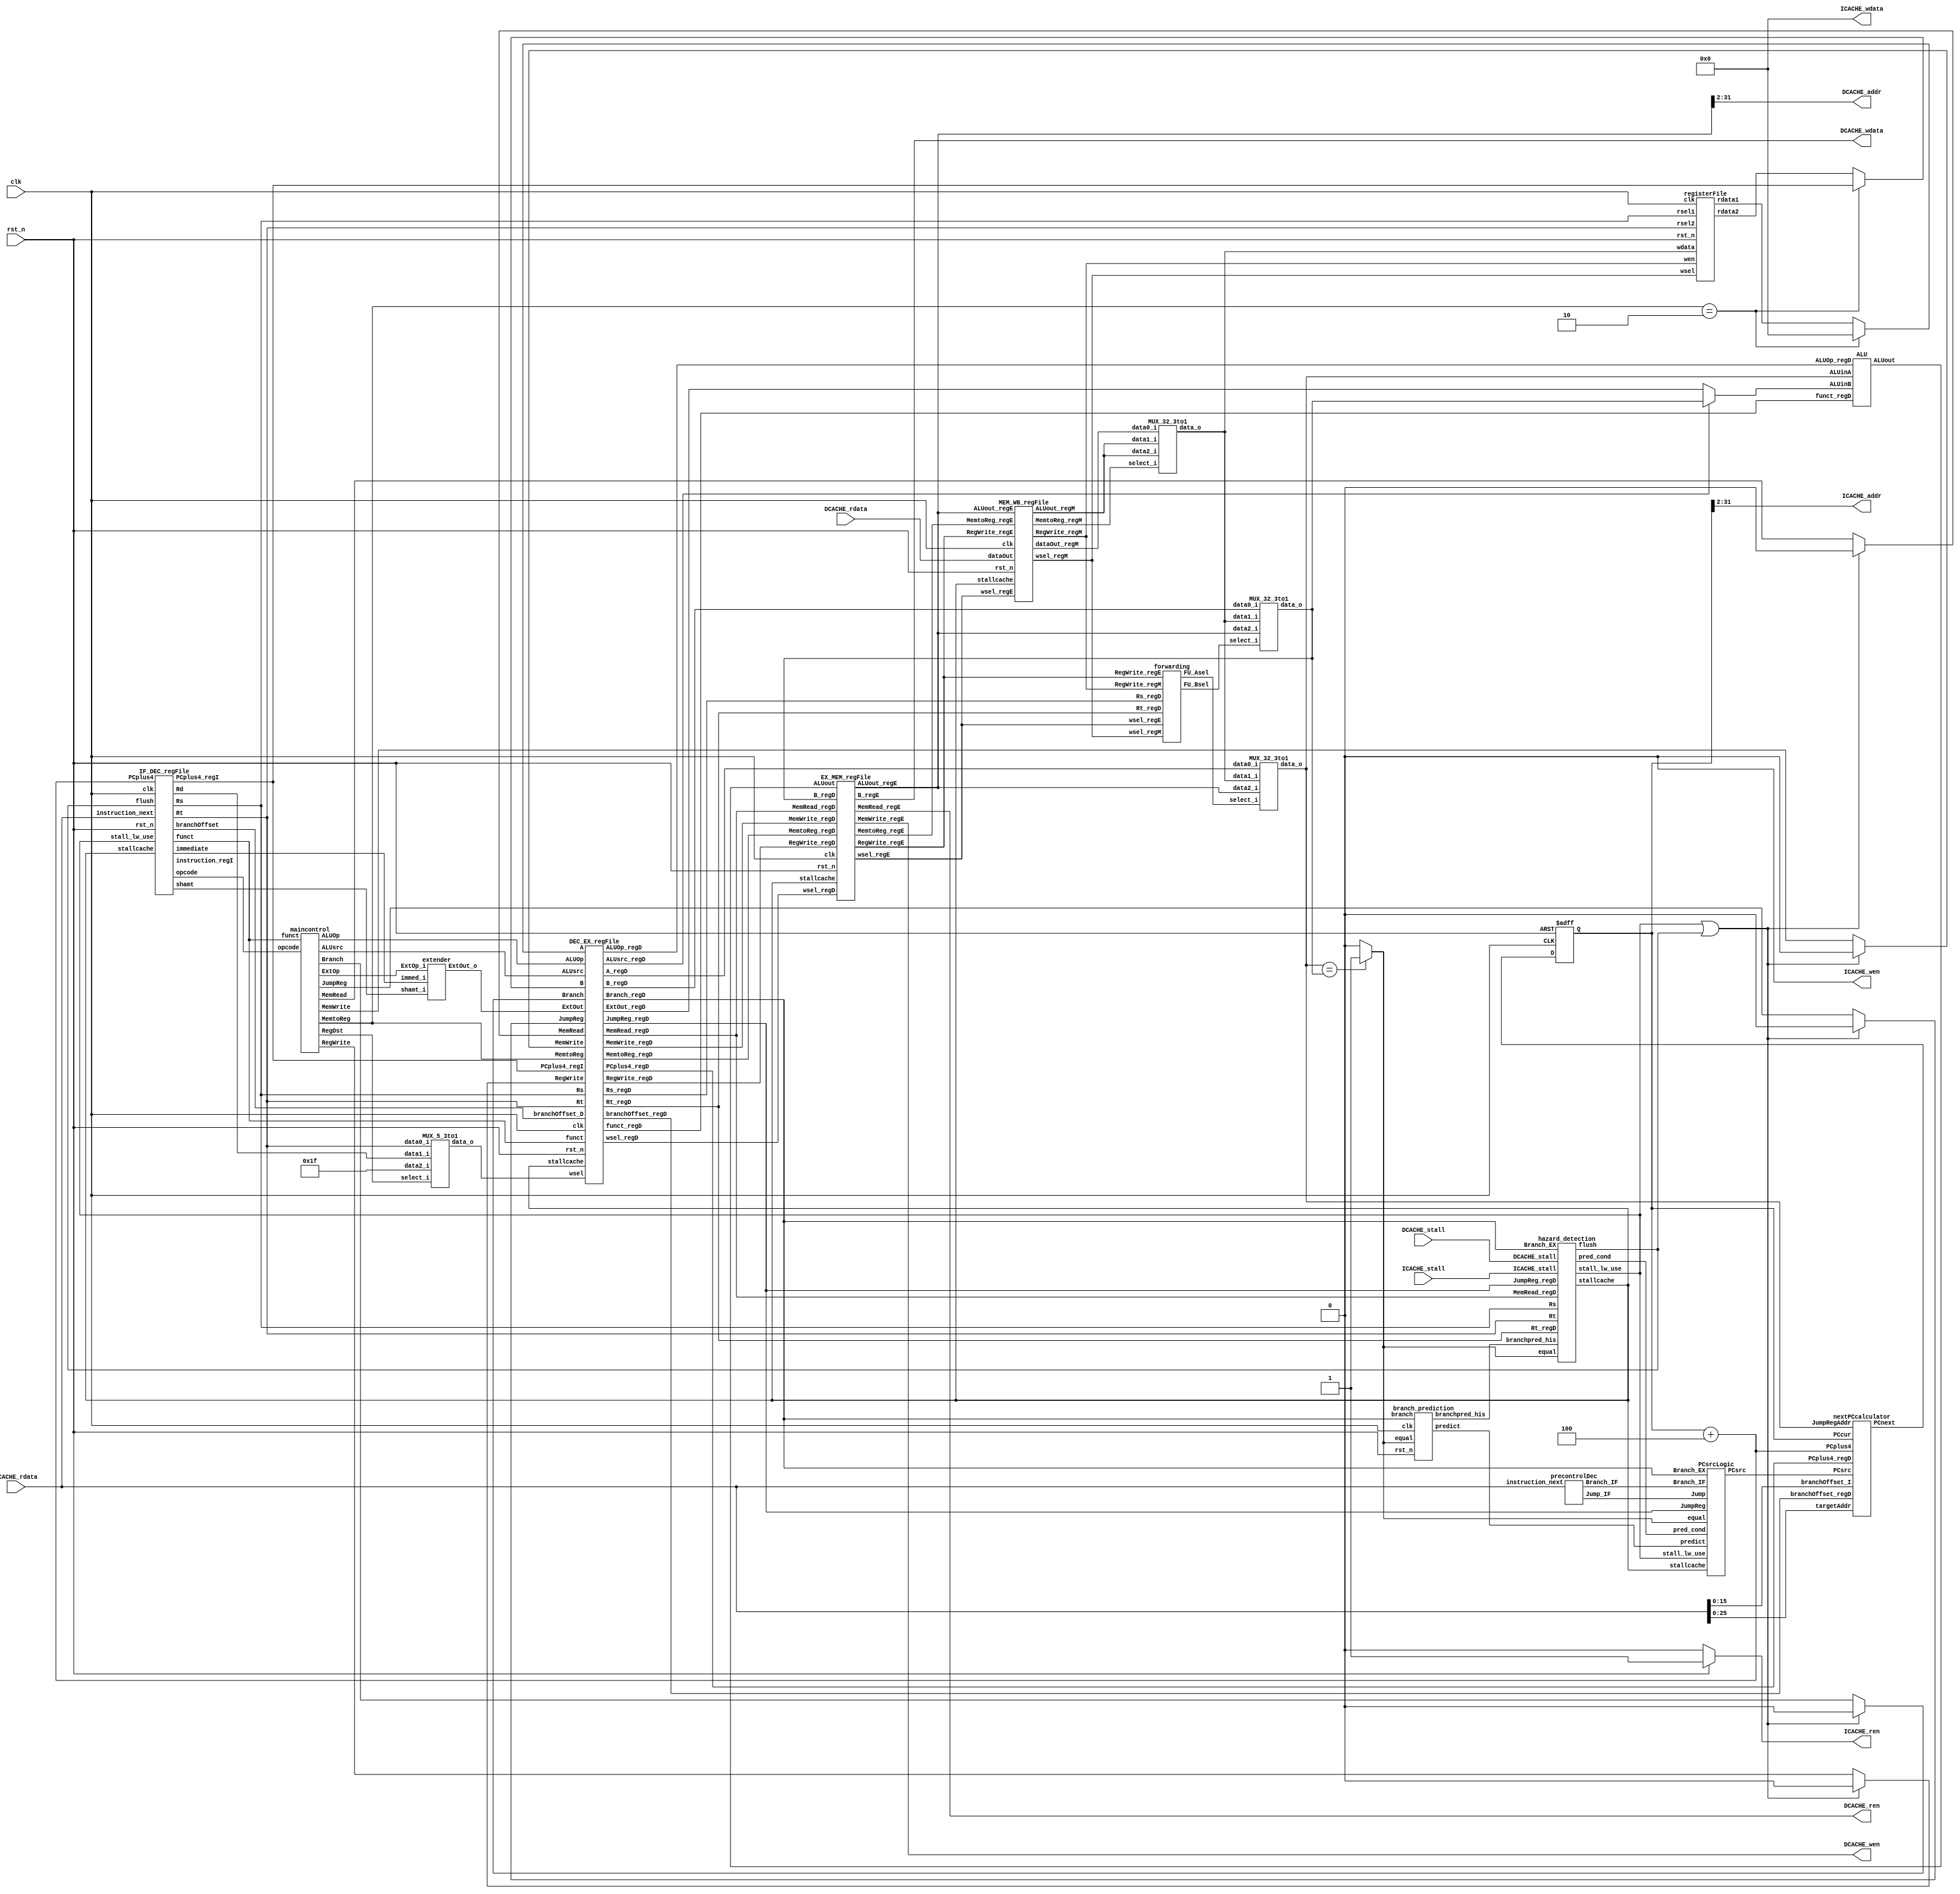
module MIPS_Pipeline(
    // control interface
    clk,
    rst_n,
//----------I cache interface-------
    ICACHE_ren,
    ICACHE_wen,
    ICACHE_addr,
    ICACHE_wdata,
    ICACHE_stall,
    ICACHE_rdata,
//----------D cache interface-------
    DCACHE_ren,
    DCACHE_wen,
    DCACHE_addr,
    DCACHE_wdata,
    DCACHE_stall,
    DCACHE_rdata
);

//==== input/output definition ============================
    input clk, rst_n;

    // I-cache interface
    input  [31:0] ICACHE_rdata;
    input         ICACHE_stall;
    output        ICACHE_wen;
    output        ICACHE_ren;
    output [29:0] ICACHE_addr;
    output [31:0] ICACHE_wdata;

    // D-cache interface
    input  [31:0] DCACHE_rdata;
    input         DCACHE_stall;
    output        DCACHE_wen;
    output        DCACHE_ren;
    output [29:0] DCACHE_addr;
    output [31:0] DCACHE_wdata;

//==== wire/reg definition ================================
    // PC part
    wire   [31:0] PCplus4;
    wire   [31:0] PCnext;
    wire   [31:0] PCcur;
    reg    [31:0] PCreg;
    wire    [2:0] PCsrc;

    // IF_DEC_regFile
    wire   [31:0] instruction_next;
    wire   [31:0] PCplus4_regI;
        // instruction decode
    wire    [4:0] Rs, Rt, Rd, shamt;
    wire    [5:0] opcode, funct;
    wire   [15:0] branchOffset_D;
    wire   [15:0] immediate;
    wire   [31:0] instruction_regI;

    // DEC_EX_regFile
    wire          ALUsrc_regD;
    wire          MemWrite_regD, MemRead_regD, RegWrite_regD, JumpReg_regD;
    wire          Branch_regD;
    wire    [1:0] MemtoReg_regD;
    wire    [5:0] ALUOp_regD;
    wire    [4:0] Rs_regD, Rt_regD, wsel_regD;
    wire    [5:0] funct_regD;
    wire   [31:0] A_regD, B_regD, ExtOut_regD;
    wire   [31:0] PCplus4_regD;
    wire   [15:0] branchOffset_regD;

    // EX_MEM_regFile
    wire          RegWrite_regE, MemRead_regE, MemWrite_regE;
    wire    [1:0] MemtoReg_regE;
    wire    [4:0] wsel_regE;
    wire   [31:0] ALUout_regE, B_regE;

    // MEM_WB_regFile
    wire          RegWrite_regM;
    wire    [1:0] MemtoReg_regM;
    wire    [4:0] wsel_regM;
    wire   [31:0] ALUout_regM, dataOut_regM;

    // Control
    // although MemtoReg, ALUOp and ALUsrc will pass to next stahe,
    // it won't influence data in cache. => no need to insert 0
    wire    [1:0] RegDst, MemtoReg;
    wire    [5:0] ALUOp;
    wire          ExtOp, ALUsrc;
    wire          Branch_DEC, Branch_DEC_m, JumpReg, JumpReg_m;
    wire          MemRead, MemRead_m, MemWrite, MemWrite_m, RegWrite, RegWrite_m;

    // registerFile
    wire   [31:0] REG_A, REG_B;
    wire   [31:0] A, B;
    wire   [31:0] WriteData;    // from the MUX_wdata

    wire    [4:0] wsel; // write target register @ wsel_MUX

    // extender
    wire   [31:0] ExtOut;

    // ALU & ALUcontrol unit
    wire   [31:0] A_f, B_f; //use ALU to do 0 + PCplus4
    wire    [3:0] ALUctrl;  //from ALUcontrol unit
    wire   [31:0] ALUinA, ALUinB, tempALUinB;
    wire   [31:0] ALUout;

    // forwarding unit
    wire    [1:0] FU_Asel, FU_Bsel;

    // hazard_detection
    wire          stall_lw_use, stallcache;
    wire          flush;
    wire          pred_cond;

    // branch_prediction
    wire          predict;
    wire          branchpred_his;

    // pre-control decode at IF
    wire          Jump_IF;
    wire          Branch_IF;
    wire   [15:0] branchOffset_I;
    wire   [25:0] targetAddr;

    // judge at the EX stage
    wire          equal;

    // DCACHE readdata
    wire   [31:0] dataOut;

//==== submodule declaration ==============================
    IF_DEC_regFile i_IF_DEC_regFile(
        .clk(clk),
        .rst_n(rst_n),
        .flush(flush),
        .stallcache(stallcache),
        .stall_lw_use(stall_lw_use),
        .instruction_next(instruction_next),
        .PCplus4(PCplus4),
        .branchOffset(branchOffset_D),
        .opcode(opcode),
        .Rs(Rs),
        .Rt(Rt),
        .Rd(Rd),
        .shamt(shamt),
        .funct(funct),
        .immediate(immediate),
        .instruction_regI(instruction_regI),
        .PCplus4_regI(PCplus4_regI)
    );

    DEC_EX_regFile i_DEC_EX_regFile(
        .clk(clk),
        .rst_n(rst_n),
        .stallcache(stallcache),
        .MemtoReg(MemtoReg),
        .ALUOp(ALUOp),
        .JumpReg(JumpReg_m),       // add for jr and jalr forwarding
        .MemRead(MemRead_m),     // may stall by lw-use hazard
        .MemWrite(MemWrite_m),   // may stall by lw-use hazard
        .ALUsrc(ALUsrc),
        .RegWrite(RegWrite_m),   // may stall by lw-use hazard
        .Branch(Branch_DEC_m),
        .PCplus4_regI(PCplus4_regI),
        .funct(funct),
        .branchOffset_D(branchOffset_D),
        .A(A_f),
        .B(B_f),
        .ExtOut(ExtOut),
        .Rs(Rs),
        .Rt(Rt),
        .wsel(wsel),
        .MemtoReg_regD(MemtoReg_regD),
        .ALUOp_regD(ALUOp_regD),
        .MemRead_regD(MemRead_regD),
        .MemWrite_regD(MemWrite_regD),
        .ALUsrc_regD(ALUsrc_regD),
        .RegWrite_regD(RegWrite_regD),
        .funct_regD(funct_regD),
        .A_regD(A_regD),
        .B_regD(B_regD),
        .ExtOut_regD(ExtOut_regD),
        .Rs_regD(Rs_regD),
        .Rt_regD(Rt_regD),
        .wsel_regD(wsel_regD),
        .JumpReg_regD(JumpReg_regD),  // add for jr and jalr forwarding
        .Branch_regD(Branch_regD),
        .PCplus4_regD(PCplus4_regD),
        .branchOffset_regD(branchOffset_regD)
    );

    EX_MEM_regFile i_EX_MEM_regFile(
        .clk(clk),
        .rst_n(rst_n),
        .stallcache(stallcache),
        .MemtoReg_regD(MemtoReg_regD),
        .MemRead_regD(MemRead_regD),
        .MemWrite_regD(MemWrite_regD),
        .RegWrite_regD(RegWrite_regD),
        .B_regD(tempALUinB),
        .wsel_regD(wsel_regD),
        .ALUout(ALUout),
        .MemtoReg_regE(MemtoReg_regE),
        .MemRead_regE(MemRead_regE),
        .MemWrite_regE(MemWrite_regE),
        .RegWrite_regE(RegWrite_regE),
        .B_regE(B_regE),
        .wsel_regE(wsel_regE),
        .ALUout_regE(ALUout_regE)
    );

    MEM_WB_regFile i_MEM_WB_regFile(
        .clk(clk),
        .rst_n(rst_n),
        .stallcache(stallcache),
        .MemtoReg_regE(MemtoReg_regE),
        .RegWrite_regE(RegWrite_regE),
        .ALUout_regE(ALUout_regE),
        .wsel_regE(wsel_regE),
        .dataOut(DCACHE_rdata),
        .MemtoReg_regM(MemtoReg_regM),
        .RegWrite_regM(RegWrite_regM),
        .ALUout_regM(ALUout_regM),
        .wsel_regM(wsel_regM),
        .dataOut_regM(dataOut_regM)
    );

    maincontrol i_maincontrol(
        .opcode(opcode),
        .funct(funct),
        .RegDst(RegDst),
        .MemtoReg(MemtoReg),
        .ALUOp(ALUOp),
        .Branch(Branch_DEC),
        .MemRead(MemRead),
        .MemWrite(MemWrite),
        .ALUsrc(ALUsrc),
        .RegWrite(RegWrite),
        .JumpReg(JumpReg),
        .ExtOp(ExtOp)
    );

    registerFile i_registrefFile(
        .clk(clk),
        .rst_n(rst_n),
        .rsel1(Rs),
        .rsel2(Rt),
        .wsel(wsel_regM),
        .wen(RegWrite_regM),
        .wdata(WriteData),
        .rdata1(A),
        .rdata2(B)
    );

    extender i_extender(
        .shamt_i(shamt),
        .immed_i(immediate),
        .ExtOp_i(ExtOp),
        .ExtOut_o(ExtOut)
    );

    MUX_5_3to1 MUX_wsel(
        .data0_i(Rt),
        .data1_i(Rd),
        .data2_i(5'd31),
        .select_i(RegDst),
        .data_o(wsel)
    );

    MUX_32_3to1 MUX_WriteData(
        .data0_i(dataOut_regM),
        .data1_i(ALUout_regM),
        .data2_i(ALUout_regM),
        .select_i(MemtoReg_regM),
        .data_o(WriteData)
    );

    MUX_32_3to1 MUX_ALUinA(
        .data0_i(A_regD),
        .data1_i(WriteData),
        .data2_i(ALUout_regE),
        .select_i(FU_Asel),
        .data_o(ALUinA)
    );

    MUX_32_3to1 MUX_ALUinB(
        .data0_i(B_regD),
        .data1_i(WriteData),
        .data2_i(ALUout_regE),
        .select_i(FU_Bsel),
        .data_o(tempALUinB)
    );

    forwarding i_forwarding(
        .Rs_regD(Rs_regD),
        .Rt_regD(Rt_regD),
        .RegWrite_regE(RegWrite_regE),
        .wsel_regE(wsel_regE),
        .RegWrite_regM(RegWrite_regM),
        .wsel_regM(wsel_regM),
        .FU_Asel(FU_Asel),
        .FU_Bsel(FU_Bsel)
    );

    hazard_detection i_hazard_detection(
        .Branch_EX(Branch_regD),
        .equal(equal),
        .branchpred_his(branchpred_his),
        .JumpReg_regD(JumpReg_regD),
        .MemRead_regD(MemRead_regD),
        .Rt_regD(Rt_regD),
        .Rs(Rs),
        .Rt(Rt),
        .ICACHE_stall(ICACHE_stall),
        .DCACHE_stall(DCACHE_stall),
        .stall_lw_use(stall_lw_use),
        .stallcache(stallcache),
        .flush(flush),
        .pred_cond(pred_cond)
    );

    branch_prediction i_branch_prediction(
        .clk(clk),
        .rst_n(rst_n),
        .branch(Branch_regD),
        .equal(equal),
        .predict(predict),
        .branchpred_his(branchpred_his)
    );

    precontrolDec i_precontrolDec(
        .instruction_next(instruction_next),
        .Jump_IF(Jump_IF),
        .Branch_IF(Branch_IF)
    );

    nextPCcalculator i_nextPCcalculator(
        .PCcur(PCcur),
        .PCplus4(PCplus4),
        .PCplus4_regD(PCplus4_regD),
        .targetAddr(targetAddr),
        .branchOffset_I(branchOffset_I),
        .branchOffset_regD(branchOffset_regD),
        .JumpRegAddr(ALUinA),
        .PCsrc(PCsrc),
        .PCnext(PCnext)
    );

    PCsrcLogic i_PCsrcLogic(
        .pred_cond(pred_cond),
        .Branch_EX(Branch_regD),
        .Branch_IF(Branch_IF),
        .equal(equal),
        .Jump(Jump_IF),
        .JumpReg(JumpReg_regD),
        .predict(predict),
        .stallcache(stallcache),
        .stall_lw_use(stall_lw_use),
        .PCsrc(PCsrc)
    );

    ALU i_ALU(
        .ALUOp_regD(ALUOp_regD),
    	.funct_regD(funct_regD),
    	.ALUinA(ALUinA),
    	.ALUinB(ALUinB),
    	.ALUout(ALUout)
	);


//==== combinational circuits =============================
    // ICACHE I/O
    assign instruction_next = ICACHE_rdata;
    assign ICACHE_wen = 0;
    assign ICACHE_ren = rst_n ? 1 : 0;
    assign ICACHE_addr = PCcur[31:2];
    assign ICACHE_wdata = 32'd0;

    // DCACHE I/O
    assign dataOut = DCACHE_rdata;
    assign DCACHE_ren = MemRead_regE;
    assign DCACHE_wen = MemWrite_regE;
    assign DCACHE_addr = ALUout_regE[31:2];
    assign DCACHE_wdata = B_regE;

    // lw-use hazard or wrong branch_prediction or jumpreg
    // need to do NOP to the DEC/EX stage flip-flops
    assign MemRead_m  = (stall_lw_use | flush) ? 1'd0 : MemRead;
    assign MemWrite_m = (stall_lw_use | flush) ? 1'd0 : MemWrite;
    assign RegWrite_m = (stall_lw_use | flush) ? 1'd0 : RegWrite;
    assign Branch_DEC_m = (stall_lw_use | flush) ? 1'd0 : Branch_DEC;
    assign JumpReg_m = (stall_lw_use | flush) ? 1'd0 : JumpReg;

    // ALU related
        // use ALUout to store PCplus4
    assign A_f = (MemtoReg == 2'b10) ? 0 : A;
    assign B_f = (MemtoReg == 2'b10) ? PCplus4_regI : B;
        // R-type or I-type
    assign ALUinB = ALUsrc_regD ? tempALUinB : ExtOut_regD;

    // PC-related
    assign PCcur = PCreg;
    assign PCplus4 = PCcur + 32'd4;

    // Judge equal at the EX stage
    assign equal = (ALUinA == tempALUinB) ? 1 : 0;

    // do jump and branch_prediction at the IF stage
    assign branchOffset_I = instruction_next[15:0];
    assign targetAddr = instruction_next[25:0];

//==== synchronous circuits ===============================
    always @(posedge clk or negedge rst_n) begin
        if (~rst_n) begin
            // reset
            PCreg <= 0;
        end
        else begin
            PCreg <= PCnext;
        end
    end

endmodule

//==== IF/DEC pipline register file ============================================
module IF_DEC_regFile(
    clk,
    rst_n,
    flush,             // jr or wrong branch predict
    stallcache,        // cache stall
    stall_lw_use,      // lw-use hazard
    instruction_next,  // instruction from PC
    PCplus4,           // for jal
    branchOffset,      // branch address offset
    opcode,
    Rs,
    Rt,
    Rd,
    shamt,
    funct,
    immediate,
    instruction_regI,      // current instruction in DEC
    PCplus4_regI
);
//==== input/output definition ============================
    input           clk, rst_n, flush, stallcache, stall_lw_use;
    input    [31:0] instruction_next;   // instruction from PC
    input    [31:0] PCplus4;
    output   [15:0] branchOffset;       // branch address offset
    output    [5:0] opcode;
    output    [4:0] Rs;
    output    [4:0] Rt;
    output    [4:0] Rd;
    output    [4:0] shamt;
    output    [5:0] funct;
    output   [15:0] immediate;
    output   [31:0] instruction_regI;     // current instruction in DEC
    output   [31:0] PCplus4_regI;

//==== wire/reg definition =================================
    reg      [31:0] instruction_regI;
    reg      [31:0] PCplus4_regI;
    reg      [31:0] IR_next;
    reg	     [31:0] PC_next;

//==== combinational circuits =============================
    always @(*) begin
    	IR_next = instruction_regI;
    	PC_next = PCplus4_regI;

    	if (~stallcache & ~stall_lw_use) begin
	      IR_next = instruction_next;
	      PC_next = PCplus4;
      end
    end

//==== synchronous circuits ================================
    always@( posedge clk or negedge rst_n )
	begin
        // active low asynchronous reset
        if( ~rst_n )begin
            instruction_regI <= 32'd0;
            PCplus4_regI <= 32'd0;
        end
        else
        begin
            if(flush)begin
                instruction_regI <= 32'd0;
                PCplus4_regI <= 32'd0;
            end
            else begin
            		instruction_regI <= IR_next;
                PCplus4_regI <= PC_next;
            end
        end
	end

//==== combinational circuits =============================
    assign branchOffset  = instruction_regI[15:0];
    assign opcode        = instruction_regI[31:26];
    assign Rs            = instruction_regI[25:21];
    assign Rt            = instruction_regI[20:16];
    assign Rd            = instruction_regI[15:11];
    assign shamt         = instruction_regI[10:6];
    assign funct         = instruction_regI[5:0];
    assign immediate     = instruction_regI[15:0];

endmodule

//==== DEC/EX pipline register file ============================================
module DEC_EX_regFile(
    clk,
    rst_n,
    stallcache,
    MemtoReg,
    ALUOp,
    JumpReg,
    MemRead,
    MemWrite,
    ALUsrc,
    RegWrite,
    Branch,
    PCplus4_regI,
    funct,
    branchOffset_D,
    A,
    B,
    ExtOut,
    Rs,
    Rt,
    wsel,
    MemtoReg_regD,
    ALUOp_regD,
    MemRead_regD,
    MemWrite_regD,
    ALUsrc_regD,
    RegWrite_regD,
    funct_regD,
    A_regD,
    B_regD,
    ExtOut_regD,
    Rs_regD,
    Rt_regD,
    wsel_regD,
    JumpReg_regD,
    Branch_regD,
    PCplus4_regD,
    branchOffset_regD
);
//==== input/output definition ============================
    input          clk, rst_n, stallcache;
    input    [5:0] funct;
    input    [1:0] MemtoReg;
    input    [5:0] ALUOp;
    input          MemRead, MemWrite, RegWrite, JumpReg;
    input          ALUsrc;
    input          Branch;
    input   [31:0] A, B, ExtOut;
    input    [4:0] Rs, Rt, wsel;
    input   [31:0] PCplus4_regI;
    input   [15:0] branchOffset_D;

    output   [5:0] funct_regD;
    output   [1:0] MemtoReg_regD;
    output   [5:0] ALUOp_regD;
    output         MemRead_regD, MemWrite_regD, RegWrite_regD;
    output         ALUsrc_regD;
    output         Branch_regD;
    output  [31:0] A_regD, B_regD, ExtOut_regD;
    output   [4:0] Rs_regD, Rt_regD, wsel_regD;
    output         JumpReg_regD;
    output  [31:0] PCplus4_regD;
    output  [15:0] branchOffset_regD;
//==== wire/reg definition ================================
    reg      [5:0] funct_regD;
    reg      [1:0] MemtoReg_regD;
    reg      [5:0] ALUOp_regD;
    reg            MemRead_regD, MemWrite_regD, RegWrite_regD;
    reg            ALUsrc_regD;
    reg     [31:0] A_regD, B_regD, ExtOut_regD;
    reg      [4:0] Rs_regD, Rt_regD, wsel_regD;
    reg            JumpReg_regD;
    reg            Branch_regD;
    reg     [31:0] PCplus4_regD;
    reg     [15:0] branchOffset_regD;
    // wire
    reg      [5:0] funct_regD_next;
    reg      [1:0] MemtoReg_regD_next;
    reg      [5:0] ALUOp_regD_next;
    reg            MemRead_regD_next, MemWrite_regD_next, RegWrite_regD_next;
    reg            ALUsrc_regD_next;
    reg     [31:0] A_regD_next, B_regD_next, ExtOut_regD_next;
    reg      [4:0] Rs_regD_next, Rt_regD_next, wsel_regD_next;
    reg            JumpReg_regD_next;
    reg            Branch_regD_next;
    reg     [31:0] PCplus4_regD_next;
    reg     [15:0] branchOffset_regD_next;
//==== combinational circuit
    always @(*) begin
        if (stallcache) begin
            funct_regD_next        = funct_regD;
            MemtoReg_regD_next     = MemtoReg_regD;
            ALUOp_regD_next        = ALUOp_regD;
            MemRead_regD_next      = MemRead_regD;
            MemWrite_regD_next     = MemWrite_regD;
            RegWrite_regD_next     = RegWrite_regD;
            ALUsrc_regD_next       = ALUsrc_regD;
            A_regD_next            = A_regD;
            B_regD_next            = B_regD;
            ExtOut_regD_next       = ExtOut_regD;
            Rs_regD_next           = Rs_regD;
            Rt_regD_next           = Rt_regD;
            wsel_regD_next         = wsel_regD;
            JumpReg_regD_next      = JumpReg_regD;
            Branch_regD_next       = Branch_regD;
            PCplus4_regD_next      = PCplus4_regD;
            branchOffset_regD_next = branchOffset_regD;
        end
        else begin
            funct_regD_next        = funct;
            MemtoReg_regD_next     = MemtoReg;
            ALUOp_regD_next        = ALUOp;
            MemRead_regD_next      = MemRead;
            MemWrite_regD_next     = MemWrite;
            RegWrite_regD_next     = RegWrite;
            ALUsrc_regD_next       = ALUsrc;
            A_regD_next            = A;
            B_regD_next            = B;
            ExtOut_regD_next       = ExtOut;
            Rs_regD_next           = Rs;
            Rt_regD_next           = Rt;
            wsel_regD_next         = wsel;
            JumpReg_regD_next      = JumpReg;
            Branch_regD_next       = Branch;
            PCplus4_regD_next      = PCplus4_regI;
            branchOffset_regD_next = branchOffset_D;
        end
    end

//==== synchronous circuit
    always@( posedge clk or negedge rst_n )
    begin
        // active low asynchronous reset
        if( ~rst_n)begin
            funct_regD        <= 0;
            MemtoReg_regD     <= 0;
            ALUOp_regD        <= 0;
            MemRead_regD      <= 0;
            MemWrite_regD     <= 0;
            RegWrite_regD     <= 0;
            ALUsrc_regD       <= 0;
            A_regD            <= 0;
            B_regD            <= 0;
            ExtOut_regD       <= 0;
            Rs_regD           <= 0;
            Rt_regD           <= 0;
            wsel_regD         <= 0;
            JumpReg_regD      <= 0;
            Branch_regD       <= 0;
            PCplus4_regD      <= 0;
            branchOffset_regD <= 0;
        end
        else begin
            funct_regD        <= funct_regD_next   ;
            MemtoReg_regD     <= MemtoReg_regD_next;
            ALUOp_regD        <= ALUOp_regD_next   ;
            MemRead_regD      <= MemRead_regD_next ;
            MemWrite_regD     <= MemWrite_regD_next;
            RegWrite_regD     <= RegWrite_regD_next;
            ALUsrc_regD       <= ALUsrc_regD_next  ;
            A_regD            <= A_regD_next       ;
            B_regD            <= B_regD_next       ;
            ExtOut_regD       <= ExtOut_regD_next  ;
            Rs_regD           <= Rs_regD_next      ;
            Rt_regD           <= Rt_regD_next      ;
            wsel_regD         <= wsel_regD_next    ;
            JumpReg_regD      <= JumpReg_regD_next ;
            Branch_regD       <= Branch_regD_next  ;
            PCplus4_regD      <= PCplus4_regD_next ;
            branchOffset_regD <= branchOffset_regD_next;
        end
    end

endmodule

//==== EX/MEM pipline register file ============================================
module EX_MEM_regFile(
    clk,
    rst_n,
    stallcache,
    MemtoReg_regD,
    MemRead_regD,
    MemWrite_regD,
    RegWrite_regD,
    B_regD,
    wsel_regD,
    ALUout,
    MemtoReg_regE,
    MemRead_regE,
    MemWrite_regE,
    RegWrite_regE,
    B_regE,
    wsel_regE,
    ALUout_regE
);
//==== input/output definition ============================
    input         clk, rst_n, stallcache;
    input   [1:0] MemtoReg_regD;
    input         MemRead_regD, MemWrite_regD, RegWrite_regD;
    input  [31:0] B_regD, ALUout;
    input   [4:0] wsel_regD;

    output  [1:0] MemtoReg_regE;
    output        MemRead_regE, MemWrite_regE, RegWrite_regE;
    output [31:0] B_regE, ALUout_regE;
    output  [4:0] wsel_regE;

//==== wire/reg definition ================================
    reg     [1:0] MemtoReg_regE_next;
    reg           MemRead_regE_next, MemWrite_regE_next, RegWrite_regE_next;
    reg    [31:0] B_regE_next, ALUout_regE_next;
    reg     [4:0] wsel_regE_next;
    reg     [1:0] MemtoReg_regE;
    reg           MemRead_regE, MemWrite_regE, RegWrite_regE;
    reg    [31:0] B_regE, ALUout_regE;
    reg     [4:0] wsel_regE;
//==== combinational circuit
    always @(*) begin
        if (stallcache) begin
            MemtoReg_regE_next = MemtoReg_regE;
            MemRead_regE_next  = MemRead_regE;
            MemWrite_regE_next = MemWrite_regE;
            RegWrite_regE_next = RegWrite_regE;
            B_regE_next        = B_regE;
            ALUout_regE_next   = ALUout_regE;
            wsel_regE_next     = wsel_regE;
        end
        else begin
            MemtoReg_regE_next = MemtoReg_regD;
            MemRead_regE_next  = MemRead_regD;
            MemWrite_regE_next = MemWrite_regD;
            RegWrite_regE_next = RegWrite_regD;
            B_regE_next        = B_regD;
            ALUout_regE_next   = ALUout;
            wsel_regE_next     = wsel_regD;
        end
    end

//==== synchronous circuit
    always@( posedge clk or negedge rst_n )
    begin
        // active low asynchronous reset
        if( ~rst_n )begin
            MemtoReg_regE <= 0;
            MemRead_regE  <= 0;
            MemWrite_regE <= 0;
            RegWrite_regE <= 0;
            B_regE        <= 0;
            ALUout_regE   <= 0;
            wsel_regE     <= 0;
        end
        else begin
            MemtoReg_regE <=  MemtoReg_regE_next;
            MemRead_regE  <=  MemRead_regE_next;
            MemWrite_regE <=  MemWrite_regE_next;
            RegWrite_regE <=  RegWrite_regE_next;
            B_regE        <=  B_regE_next;
            ALUout_regE   <=  ALUout_regE_next;
            wsel_regE     <=  wsel_regE_next;
        end
    end


endmodule

//==== MEM/WB pipline register file ============================================
module MEM_WB_regFile(
    clk,
    rst_n,
    stallcache,
    MemtoReg_regE,
    RegWrite_regE,
    ALUout_regE,
    wsel_regE,
    dataOut,
    MemtoReg_regM,
    RegWrite_regM,
    ALUout_regM,
    wsel_regM,
    dataOut_regM
);
//==== input/output definition ============================
    input         clk, rst_n, stallcache;
    input   [1:0] MemtoReg_regE;
    input         RegWrite_regE;
    input  [31:0] ALUout_regE, dataOut;
    input   [4:0] wsel_regE;

    output  [1:0] MemtoReg_regM;
    output        RegWrite_regM;
    output [31:0] ALUout_regM, dataOut_regM;
    output  [4:0] wsel_regM;

//==== wire/reg definition ================================

    reg     [1:0] MemtoReg_regM;
    reg           RegWrite_regM;
    reg    [31:0] ALUout_regM, dataOut_regM;
    reg     [4:0] wsel_regM;
    reg     [1:0] MemtoReg_regM_next;
    reg           RegWrite_regM_next;
    reg    [31:0] ALUout_regM_next, dataOut_regM_next;
    reg     [4:0] wsel_regM_next;

//==== combinational circuit
    always @(*) begin
        if (stallcache) begin
            MemtoReg_regM_next  = MemtoReg_regM;
            RegWrite_regM_next  = RegWrite_regM;
            ALUout_regM_next    = ALUout_regM;
            dataOut_regM_next   = dataOut_regM;
            wsel_regM_next      = wsel_regM;
        end
        else begin
            MemtoReg_regM_next  = MemtoReg_regE;
            RegWrite_regM_next  = RegWrite_regE;
            ALUout_regM_next    = ALUout_regE;
            dataOut_regM_next   = dataOut;
            wsel_regM_next      = wsel_regE;
        end
    end

//==== synchronous circuit
    always@( posedge clk or negedge rst_n )
    begin
        // active low asynchronous reset
        if( ~rst_n )begin
             MemtoReg_regM <= 0;
             RegWrite_regM <= 0;
             ALUout_regM   <= 0;
             dataOut_regM  <= 0;
             wsel_regM     <= 0;
        end
        else begin
             MemtoReg_regM <= MemtoReg_regM_next;
             RegWrite_regM <= RegWrite_regM_next;
             ALUout_regM   <= ALUout_regM_next;
             dataOut_regM  <= dataOut_regM_next;
             wsel_regM     <= wsel_regM_next;
        end
    end

endmodule

//==== read/write data from 32 registers =======================================
module registerFile(
    clk,
    rst_n,
    rsel1,
    rsel2,
    wsel,
    wen,
    wdata,
    rdata1,
    rdata2
);
//==== input/output definition ============================
    input         clk, rst_n;
    input   [4:0] rsel1,rsel2;
    input   [4:0] wsel;
    input         wen;
    input  [31:0] wdata;
    output [31:0] rdata1, rdata2;

//==== wire/reg definition ================================
    reg    [31:0] register[31:0];
    integer i;

//==== combinational circuit
    assign rdata1 = (wen & (rsel1 == wsel) & (rsel1 != 5'd0)) ? wdata : register[rsel1];
    assign rdata2 = (wen & (rsel2 == wsel) & (rsel2 != 5'd0)) ? wdata : register[rsel2];

//==== synchronous circuit
    always@( posedge clk or negedge rst_n )
	begin
        // active low asynchronous reset
        if( ~rst_n )begin
            for(i=0; i<32; i=i+1)begin
                register[i] <= 32'd0;
            end
        end
        else begin
            if(wen)begin
                register[wsel] <= wdata;
            end
            register[0] <= 32'd0;
        end
	end

endmodule

//==== control signal for all instructions =====================================
module maincontrol(
    opcode,
    funct,
    RegDst,
    MemtoReg,
    ALUOp,
    Branch,
    MemRead,
    MemWrite,
    ALUsrc,
    RegWrite,
    JumpReg,
    ExtOp
);

//==== in/out declaration =================================
    input    [5:0] opcode;
    input    [5:0] funct;
    output   [1:0] RegDst, MemtoReg;
    output   [5:0] ALUOp;          // 4 bits at ref figure, I don't know how many bitswe need--> I use 6 bits to transfer opcode directly.
                                   // ALUOp(0000 is default for NOP)
    output         Branch, ExtOp;  // 2 bits at ref figure, but I think we only need 1 bit
    output         MemRead, MemWrite, ALUsrc, RegWrite, JumpReg;


//==== wire/reg definition ================================
    reg  [1:0] RegDst, MemtoReg;
    reg  [5:0] ALUOp;
    reg        Branch, ExtOp;
    reg        MemRead, MemWrite, ALUsrc, RegWrite, JumpReg;
//==== combinational circuit ==============================
	always@(*) begin
		RegDst   = 2'b01;
		MemtoReg = 2'b01;
		ALUOp    = opcode;
		ExtOp    = 1;
		ALUsrc   = 1;
		RegWrite = 0;

		Branch   = 0;
		MemRead  = 0;
		MemWrite = 0;
		JumpReg  = 0;

		case(opcode)
		//===== R-type ===============
        	6'b000000: begin
        		RegDst   = 2'b01;
        		MemtoReg = 2'b01;
        		ALUOp    = opcode;
        		ExtOp    = 1;
        		ALUsrc   = 1;
        		RegWrite = 1;
                // sll || sra || srl
        		if (funct == 6'b000000 || funct == 6'b000011 || funct == 6'b000010) begin
        			ALUsrc = 0;
        		end
                //jalr
        		else if (funct == 6'b001001) begin
        			MemtoReg = 2'b10;
				    JumpReg  = 1;
        		end
                //jr
			    else if (funct == 6'b001000) begin
        			JumpReg = 1;
			    end
       		end
        //===== I-type ===============
        	6'b001000: begin // addi
        		RegDst   = 2'b00;
        		MemtoReg = 2'b01;
        		ALUOp    = opcode;
        		ExtOp    = 0;
        		ALUsrc   = 0;
        		RegWrite = 1;
        	end
        	6'b001100: begin // andi
        		RegDst   = 2'b00;
        		MemtoReg = 2'b01;
        		ALUOp    = opcode;
        		ExtOp    = 0;
        		ALUsrc   = 0;
        		RegWrite = 1;
        	end
        	6'b001101: begin // ori
        		RegDst   = 2'b00;
        		MemtoReg = 2'b01;
        		ALUOp    = opcode;
        		ExtOp    = 0;
        		ALUsrc   = 0;
        		RegWrite = 1;
        	end
        	6'b001110: begin // xori
        		RegDst   = 2'b00;
        		MemtoReg = 2'b01;
        		ALUOp    = opcode;
        		ExtOp    = 0;
        		ALUsrc   = 0;
        		RegWrite = 1;
        	end
        	6'b001010: begin // slti
        		RegDst   = 2'b00;
        		MemtoReg = 2'b01;
        		ALUOp    = opcode;
        		ExtOp    = 0;
        		ALUsrc   = 0;
        		RegWrite = 1;
        	end
        	6'b100011: begin // lw
        		RegDst   = 2'b00;
        		MemtoReg = 2'b00;
        		ALUOp    = opcode;
        		ExtOp    = 0;
        		ALUsrc   = 0;
        		RegWrite = 1;
         		MemRead = 1;
        	end
        	6'b101011: begin // sw
        		RegDst   = 2'b00;
        		MemtoReg = 2'b00;
        		ALUOp    = opcode;
        		ExtOp    = 0;
        		ALUsrc   = 0;
        		RegWrite = 0;
            	MemWrite = 1;
        	end
       		6'b000100: begin //beq
        		RegDst   = 2'b00;
        		MemtoReg = 2'b01;
        		ALUOp    = opcode;
        		ExtOp    = 0;
        		ALUsrc   = 0;
        		RegWrite = 0;
       			Branch   = 1;
       		end
        //===== J-type ===============
        	6'b000010: begin // j
          		RegDst   = 2'b00;
        		MemtoReg = 2'b01;
        		ALUOp    = opcode;
        		ExtOp    = 0;
        		ALUsrc   = 0;
        		RegWrite = 0;
       		end
       		6'b000011: begin // jal
        		RegDst   = 2'b10;
        		MemtoReg = 2'b10;
        		ALUOp    = opcode;
        		ExtOp    = 0;
        		ALUsrc   = 1;
        		RegWrite = 1;
        	end
			default: begin
				RegDst   = 2'b01;
				MemtoReg = 2'b01;
				ALUOp    = opcode;
				ExtOp    = 1;
				ALUsrc   = 1;
				RegWrite = 0;

				Branch   = 0;
				MemRead  = 0;
				MemWrite = 0;
				JumpReg  = 0;
			end
    	endcase
	end
endmodule

//==== pre-control decode at IF ================================================
module precontrolDec(
    instruction_next,
    Jump_IF,
    Branch_IF
);

//==== in/out declaration =================================
    input    [31:0] instruction_next;
    output          Branch_IF, Jump_IF;

//==== wire/reg definition ================================
    reg  Jump_IF;
    reg  Branch_IF;

//==== combinational circuit ==============================
	always@(*) begin
		Jump_IF = 0;
		Branch_IF = 0;
		if (instruction_next[31:26] == 6'b000010 || instruction_next[31:26] == 6'b000011) begin // J & JAL
			Jump_IF = 1;
		end else if (instruction_next[31:26] == 6'b000100) begin // beq
			Branch_IF = 1;
		end
	end
endmodule

//==== I-type immediate or shift amount ========================================
module extender(
    shamt_i,
    immed_i,
    ExtOp_i,
    ExtOut_o
);
//==== input/output definition ============================
    input   [15:0]  immed_i;
    input    [4:0]  shamt_i;
    input           ExtOp_i;
    output  [31:0]  ExtOut_o;

    assign ExtOut_o = ExtOp_i ? { {27{shamt_i[4]}} , shamt_i }
                            : {{16{immed_i[15]}} , immed_i };
endmodule

//==== arithmetic calculation unit -- Extension: MUL/DIV =======================
module ALU(
	ALUOp_regD,
    funct_regD,
    ALUinA,
    ALUinB,
    ALUout
);
//==== input/output definition ============================
    input   [5:0] funct_regD;
    input   [5:0] ALUOp_regD;  //dont know how mant bits, use 4 bits temporarily
    input  [31:0] ALUinA, ALUinB;
    //input   [3:0] ALUctrl;
    output [31:0] ALUout;

//==== wire/reg definition ================================
    reg  [31:0] ALUout;
//==== combinational circuits =============================
	always@(*) begin
		ALUout = 32'b0;

		case(ALUOp_regD)
			//===== R-type ===============
        	6'b000000: begin
        		case(funct_regD)
     		       	6'b100000: begin // add
     		       		ALUout = ALUinA + ALUinB;
               		end
               		6'b100010: begin // sub
                   		ALUout = ALUinA - ALUinB;
        	        end
               		6'b100100: begin // and
                   		ALUout = ALUinA & ALUinB;
               		end
               		6'b100101: begin // or
                   		ALUout = ALUinA | ALUinB;
               		end
               		6'b100110: begin // xor
               			ALUout = ALUinA ^ ALUinB;
               		end
               		6'b100111: begin // nor
               			ALUout = ~(ALUinA | ALUinB);
               		end
               		6'b000000: begin // sll and nop?
               			ALUout = ALUinA << ALUinB;
               		end
               		6'b000011: begin // sra
               			ALUout = ALUinA >>> ALUinB;
               		end
               		6'b000010: begin // srl
               			ALUout = ALUinA >> ALUinB;
               		end
               		6'b101010: begin // slt
                   		ALUout = (ALUinA < ALUinB)? 32'b1: 32'b0;
               		end
               		6'b001000: begin // jr
            	   		ALUout = 32'b1;
               		end
               		6'b001001: begin // jalr
     		       	    ALUout = ALUinA + ALUinB;
               		end
               		default: begin
		   				ALUout = 32'b0;
					end
           		endcase
       		end
        	//===== I-type ===============
        	6'b001000: begin // addi
        		ALUout = ALUinA + ALUinB;
        	end
        	6'b001100: begin // andi
				    ALUout = ALUinA & ALUinB;
        	end
        	6'b001101: begin // ori
        		ALUout = ALUinA | ALUinB;
        	end
        	6'b001110: begin // xori
				    ALUout = ALUinA ^ ALUinB;
        	end
        	6'b001010: begin // slti
        		ALUout = (ALUinA < ALUinB)? 32'b1: 32'b0;
        	end
        	6'b100011: begin // lw
        		ALUout = (ALUinA + ALUinB); // memory address (32 bits)
        	end
        	6'b101011: begin // sw
				    ALUout = (ALUinA + ALUinB); // memory address (32 bits)
        	end
       		6'b000100: begin //beq
		    		ALUout = 32'b1;
       		end
        	//===== J-type ===============
        	6'b000010: begin // j
     				ALUout = 32'b1;
       		end
       		6'b000011: begin // jal
     		    ALUout = ALUinA + ALUinB;
        	end
			default: begin
 				ALUout = 32'b0;
			end
    	endcase
	end
endmodule

//==== detect lw-use and branch hazard =========================================
module hazard_detection(
    Branch_EX,       // instruction in EX is branch type and
    equal,           // data in ALUinA and tempALUinB are same or not
    branchpred_his,  // predict branch in last cycle
    JumpReg_regD,    // if jr/jalr need to flush
                     // note that jump will be executed at IF stage
    MemRead_regD,    // lw
    Rt_regD,         // lw target registers
    Rs,              // Rs in EX
    Rt,              // Rt in EX
    ICACHE_stall,
    DCACHE_stall,
    stall_lw_use,    // stall if lw-use hazard detected
    stallcache,      // stall if cache miss
    flush,           // predict wrong or jr/jalr
    pred_cond        // predict condition (predict correctly or not)
                     // XOR of equal and branchpred_his
);
//==== input/output definition ============================
    input       Branch_EX;
    input       equal;
    input       branchpred_his;
    input       JumpReg_regD;
    input       MemRead_regD;
    input       ICACHE_stall, DCACHE_stall;
    input [4:0] Rt_regD, Rs, Rt;
    output      stall_lw_use, stallcache;
    output      flush;
    output      pred_cond;    //pass to PCsrcLogic

//==== wire/reg definition ================================
    reg         flush;
    reg         stall_lw_use;

//==== combinational circuit ==============================
    assign      pred_cond = Branch_EX ? (equal ^ branchpred_his) : 0;
    assign      stallcache = ICACHE_stall | DCACHE_stall;
    //==== WRONG!! lw-use hazard flush = 0; --> ok
    //==== DIDN'T DEAL WITH WRONG PREDICTION (NEED TO FLUSH) --> ok
    always@(*) begin
        flush = 0;
        stall_lw_use = 0;
        if (JumpReg_regD) begin
            flush = 1;
        end
        else if (MemRead_regD == 1 && (Rt_regD == Rs || Rt_regD == Rt)) begin
            flush = 1;
            stall_lw_use = 1;
        end
        else if (pred_cond) begin
            flush = 1;
        end
    end

endmodule

//==== provide updated data early ==============================================
module forwarding(
    Rs_regD,
    Rt_regD,
    RegWrite_regE,
    wsel_regE,
    RegWrite_regM,
    wsel_regM,
    FU_Asel,        // 01 for WriteData, 10 for ALUout_regE
    FU_Bsel
);
//==== input/output definition ============================
    input  [4:0] Rs_regD, Rt_regD, wsel_regE, wsel_regM;
    input        RegWrite_regE, RegWrite_regM;
    output [1:0] FU_Asel, FU_Bsel;

//==== wire/reg definition ================================
    reg  [1:0] FU_Asel, FU_Bsel;
//==== combinational circuits =============================
	always@(*) begin
		FU_Asel = 2'b00;
		FU_Bsel = 2'b00;

		if (RegWrite_regM == 1 & wsel_regM != 0 & wsel_regM == Rs_regD) begin
			FU_Asel = 2'b01;
		end
		if (RegWrite_regM == 1 & wsel_regM != 0 & wsel_regM == Rt_regD) begin
			FU_Bsel = 2'b01;
		end
		if (RegWrite_regE == 1 & wsel_regE != 0 & wsel_regE == Rs_regD) begin
			FU_Asel = 2'b10;
		end
		if (RegWrite_regE == 1 & wsel_regE != 0 & wsel_regE == Rt_regD) begin
			FU_Bsel = 2'b10;
		end
	end
endmodule

//==== make input address to 32 bit and choose PCnext ==========================
module nextPCcalculator(
    PCcur,            // current PC (refetch)
    PCplus4,          // PC + 4 of current cycle
    PCplus4_regD,     // PC + 4 of previous 2 cycle
    targetAddr,       // from the instruction of IF stage last 26 bits
                      // << 2 & concatenate
    branchOffset_I,   // from the instruction of IF stage last 16 bits
                      // PCplus4 + branchOffset_I = branchAddr_I
    branchOffset_regD,   // from the instruction of EX stage last 16 bits
                      // PCplus4_regI + branchOffset = branchAddr_D
    JumpRegAddr,      // from ALUinA in EX
    PCsrc,
    PCnext
);
//==== input/output definition ============================
    input  [31:0] PCcur, PCplus4, PCplus4_regD;
    input  [25:0] targetAddr;
    input  [15:0] branchOffset_I, branchOffset_regD;
    input  [31:0] JumpRegAddr;
    input   [2:0] PCsrc;
    output [31:0] PCnext;

//==== wire/reg definition ================================
    reg    [31:0] PCnext;
    reg    [31:0] PCplus4_actual;
    reg    [31:0] branchOffset_actual;
    wire   [31:0] ADDresult;

//==== combinational circuit ==============================
    assign ADDresult = PCplus4_actual + branchOffset_actual;
    // USE 2 MUX 1 ADD
    always@(*) begin
        PCplus4_actual = 32'b0;
        branchOffset_actual = 32'b0;

        if(PCsrc == 3'd4)begin
            PCplus4_actual = PCplus4;
            branchOffset_actual = {14'd0, branchOffset_I, 2'd0};
        end
        else begin
            PCplus4_actual = PCplus4_regD;
            branchOffset_actual = {14'd0, branchOffset_regD, 2'd0};
        end
    end

    always@(*) begin
        PCnext = 0;
        case(PCsrc)
            3'd0:   // current cycle +4
                PCnext = PCplus4;
            3'd1:   // current PC
                PCnext = PCcur;
            3'd2:   // previous 2 cycle PC+4
                PCnext = PCplus4_regD;
            3'd3:   // jump
                PCnext[31:2] = {PCplus4[31:28], targetAddr};
            3'd4:   // branch I
                PCnext = ADDresult;
            3'd5:   // branch D
                PCnext = ADDresult;
            3'd6:   // jump from registerFile in DEC
                PCnext = JumpRegAddr;
            default:
                PCnext = 0;
        endcase
        //$display("PCnext: ", PCnext);
    end

endmodule

//==== pass 3-bit select signal for PCnext MUX in nextPCcalculator =============
module PCsrcLogic(
    pred_cond,      // predict condition b/w last predict and current branch
                    // = 0 --> correct, = 1 --> predict incorrect
    Branch_EX,
    Branch_IF,      // decode branch in IF
    equal,          // if predict wrong, we should fetch correct instruction addr
    Jump,           // get this signal at IF
    JumpReg,        // get this signal at EX
    predict,        // from branch_prediction unit
    stallcache,     // stall due to cache miss
    stall_lw_use,   // stall due to lw-use hazard
    PCsrc           // 3-bit select signal
);
//==== input/output definition ============================
    input        pred_cond, Branch_EX, Branch_IF, equal, predict;
    input        Jump, JumpReg;
    input        stallcache, stall_lw_use;
    output [2:0] PCsrc;

//==== wire/reg definition ================================
    reg    [2:0] PCsrc;

//==== combinational circuit ==============================
    always@(*) begin
        PCsrc = 0;
        // stall
        // order: stall --> JumpReg --> Branch_DEC [wrong or right]
        //        if pred_right --> Do instruction in IF (Jump or branch_IF)
        if(stallcache || stall_lw_use) begin
            PCsrc = 1;
        end
        else if(JumpReg) begin
            PCsrc = 6;
        end
        else if(Branch_EX) begin
            if(pred_cond == 1)  begin // predict wrong, do again
                if(equal) begin       // branch taken
                    PCsrc = 5;
                end
                else begin
                    PCsrc = 2;
                end
            end
            else begin
              if(Jump) begin
                  PCsrc = 3;
              end
              else if(Branch_IF) begin
                if(predict) begin
                    PCsrc = 4;
                end
                else begin
                    PCsrc = 0;
                end
              end
            end
        end
        else begin
            if(Jump) begin
                PCsrc = 3;
            end
            else if(Branch_IF) begin
                if(predict) begin
                    PCsrc = 4;
                end
                else begin
                    PCsrc = 0;
                end
            end
        end
    end
endmodule

//==== predict PCnext for branch-type instruction ==============================
module branch_prediction(
    clk,
    rst_n,
    branch,        // state only change when IR at EX is branch type
    equal,         // control of the finite state machine
    predict,
    branchpred_his
);
//==== input/output definition ============================
    input  clk,rst_n;
    input  branch, equal;
    output predict;
    output branchpred_his;

//==== wire/reg definition ================================
    reg [1:0] state, state_next;
    reg       branchpred_reg;     //output is a store register for predict history
    reg       predict;

    parameter pred_mode = 3;
    parameter NoPred_taken = 0;
    parameter NoPred_notTaken = 1;
    parameter Pred_1bit = 2;
    parameter Pred_2bit = 3;

//==== combinational circuit ==============================
    assign branchpred_his = branchpred_reg;
    always @(*) begin
        case(state)
            2'b00: begin  // prediction taken layer1
                predict = 1;
                if(branch)begin
                    if(equal)begin
                        state_next = 0;
                    end
                    else begin
                        state_next = 1;
                    end
                end
                else begin
                    state_next = state;
                end
            end
            2'b01: begin  // prediction taken layer0
                predict = 1;
                if(branch)begin
                    if(equal)begin
                      case(pred_mode)  
                        NoPred_taken: state_next = 1;
                        NoPred_notTaken: state_next = 2;
                        Pred_1bit: state_next = 1;
                        Pred_2bit: state_next = 0;
                      endcase
                    end
                    else begin
                      case(pred_mode)  
                        NoPred_taken: state_next = 1;
                        NoPred_notTaken: state_next = 2;
                        Pred_1bit: state_next = 2;
                        Pred_2bit: state_next = 2;
                      endcase
                    end
                end
                else begin
                    state_next = state;
                end
            end
            2'b10: begin  // prediction not taken layer0
                predict = 0;
                if(branch)begin
                    if(equal)begin
                      case(pred_mode) 
                        NoPred_taken: state_next = 1;
                        NoPred_notTaken: state_next = 2;
                        Pred_1bit: state_next = 1;
                        Pred_2bit: state_next = 1;
                      endcase
                    end
                    else begin
                      case(pred_mode) 
                        NoPred_taken: state_next = 1;
                        NoPred_notTaken: state_next = 2;
                        Pred_1bit: state_next = 2;
                        Pred_2bit: state_next = 3;
                      endcase
                    end
                end
                else begin
                    state_next = state;
                end
            end
            2'b11: begin  // prediction not taken layer1
                predict = 0;
                if(branch)begin
                    if(equal)begin
                        state_next = 2;
                    end
                    else begin
                        state_next = 3;
                    end
                end
                else begin
                    state_next = state;
                end
            end
        endcase
    end
//==== synchronous circuit
    always @(posedge clk or negedge rst_n) begin
        if (~rst_n) begin
            // reset
            state <= 1;
            branchpred_reg <= 0;
        end
        else begin
            state <= state_next;
            branchpred_reg <= predict;
        end
    end

endmodule

//==== MUX3to1 (5bits) =========================================================
module MUX_5_3to1 ( data0_i, data1_i, data2_i, select_i, data_o);

//==== input/output definition ============================
    input   [4:0]  data0_i;
    input   [4:0]  data1_i;
    input   [4:0]  data2_i;
    input         [1:0]  select_i;
    output  [4:0]  data_o;

//==== wire/reg definition ================================
    reg     [4:0]  data_o;
    always@(*) begin
        case(select_i)
            2'd0:
                data_o = data0_i;
            2'd1:
                data_o = data1_i;
            2'd2:
                data_o = data2_i;
            2'd3:
                data_o = 0;
        endcase
    end

endmodule

//==== MUX3to1 (32bits) =========================================================
module MUX_32_3to1 ( data0_i, data1_i, data2_i, select_i, data_o);

//==== input/output definition ============================
    input   [31:0]  data0_i;
    input   [31:0]  data1_i;
    input   [31:0]  data2_i;
    input         [1:0]  select_i;
    output  [31:0]  data_o;

//==== wire/reg definition ================================
    reg     [31:0]  data_o;
    always@(*) begin
        case(select_i)
            2'd0:
                data_o = data0_i;
            2'd1:
                data_o = data1_i;
            2'd2:
                data_o = data2_i;
            2'd3:
                data_o = 0;
        endcase
    end

endmodule